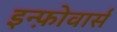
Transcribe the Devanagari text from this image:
इन्फ़ोवार्स